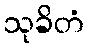
သုခိတံ